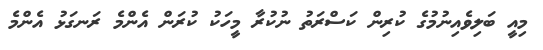
މިއީ ބަލިވެއިނުމުގެ ކުރިން ކަސްރަތު ނުކުރާ މީހަކު ކުރަން އެންމެ ރަނގަޅު އެންމެ